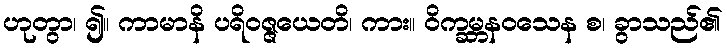
ဟုတွာ၊ ၍။ ကာမာနိ ပရိဝဇ္ဇယေတိ၊ ကား။ ဝိက္ခမ္ဘနဝသေန စ၊ ခွာသည်၏